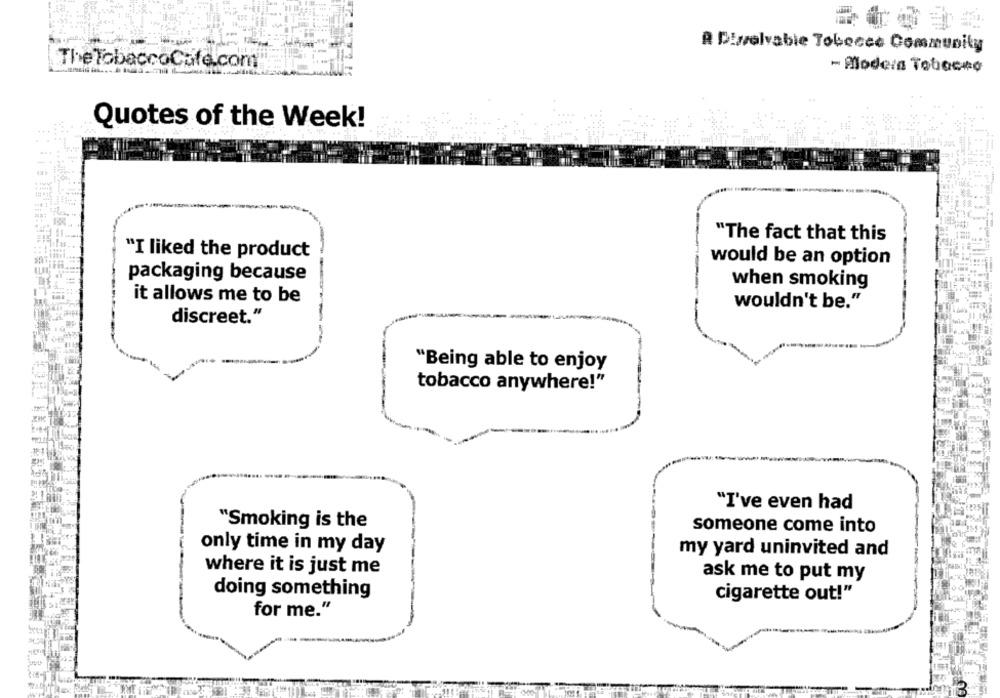
R Diselvable Tobocce Community
The TobaccoCafe.com
- Modera Tobacco
Quotes of the Week!
"The fact that this
"I liked the product
would be an option
packaging because
when smoking
it allows me to be
wouldn't be."
discreet."
"Being able to enjoy
tobacco anywhere!"
"I've even had
"Smoking is the
someone come into
only time in my day
my yard uninvited and
where it is just me
ask me to put my
doing something
cigarette out!"
for me."